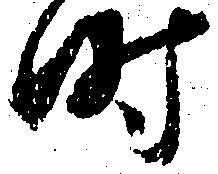
時